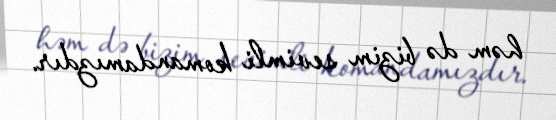
həm də bizim sevimli komandamızdır.